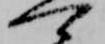
可